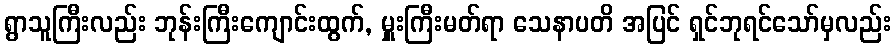
ရွာသူကြီးလည်း ဘုန်းကြီးကျောင်းထွက်, မှူးကြီးမတ်ရာ သေနာပတိ အပြင် ရှင်ဘုရင်သော်မှလည်း